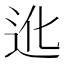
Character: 𲅒